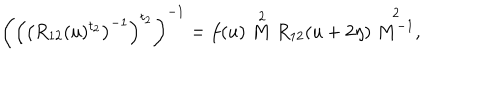
LaTeX: \left( \left( \left( R _ { 1 2 } ( u ) ^ { t _ { 2 } } \right) ^ { - 1 } \right) ^ { t _ { 2 } } \right) ^ { - 1 } = f ( u ) \stackrel { 2 } { M } R _ { 1 2 } ( u + 2 \eta ) \stackrel { 2 } { M ^ { - 1 } } ,